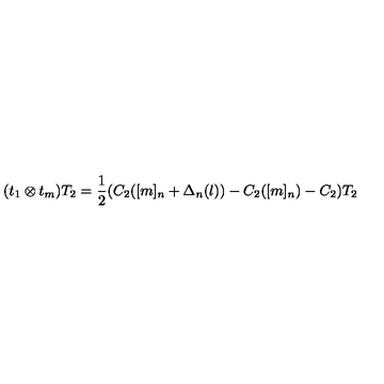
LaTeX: ( t _ { 1 } \otimes t _ { m } ) T _ { 2 } = \frac { 1 } { 2 } ( C _ { 2 } ( [ m ] _ { n } + \Delta _ { n } ( l ) ) - C _ { 2 } ( [ m ] _ { n } ) - C _ { 2 } ) T _ { 2 }